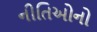
નીતિઓનો